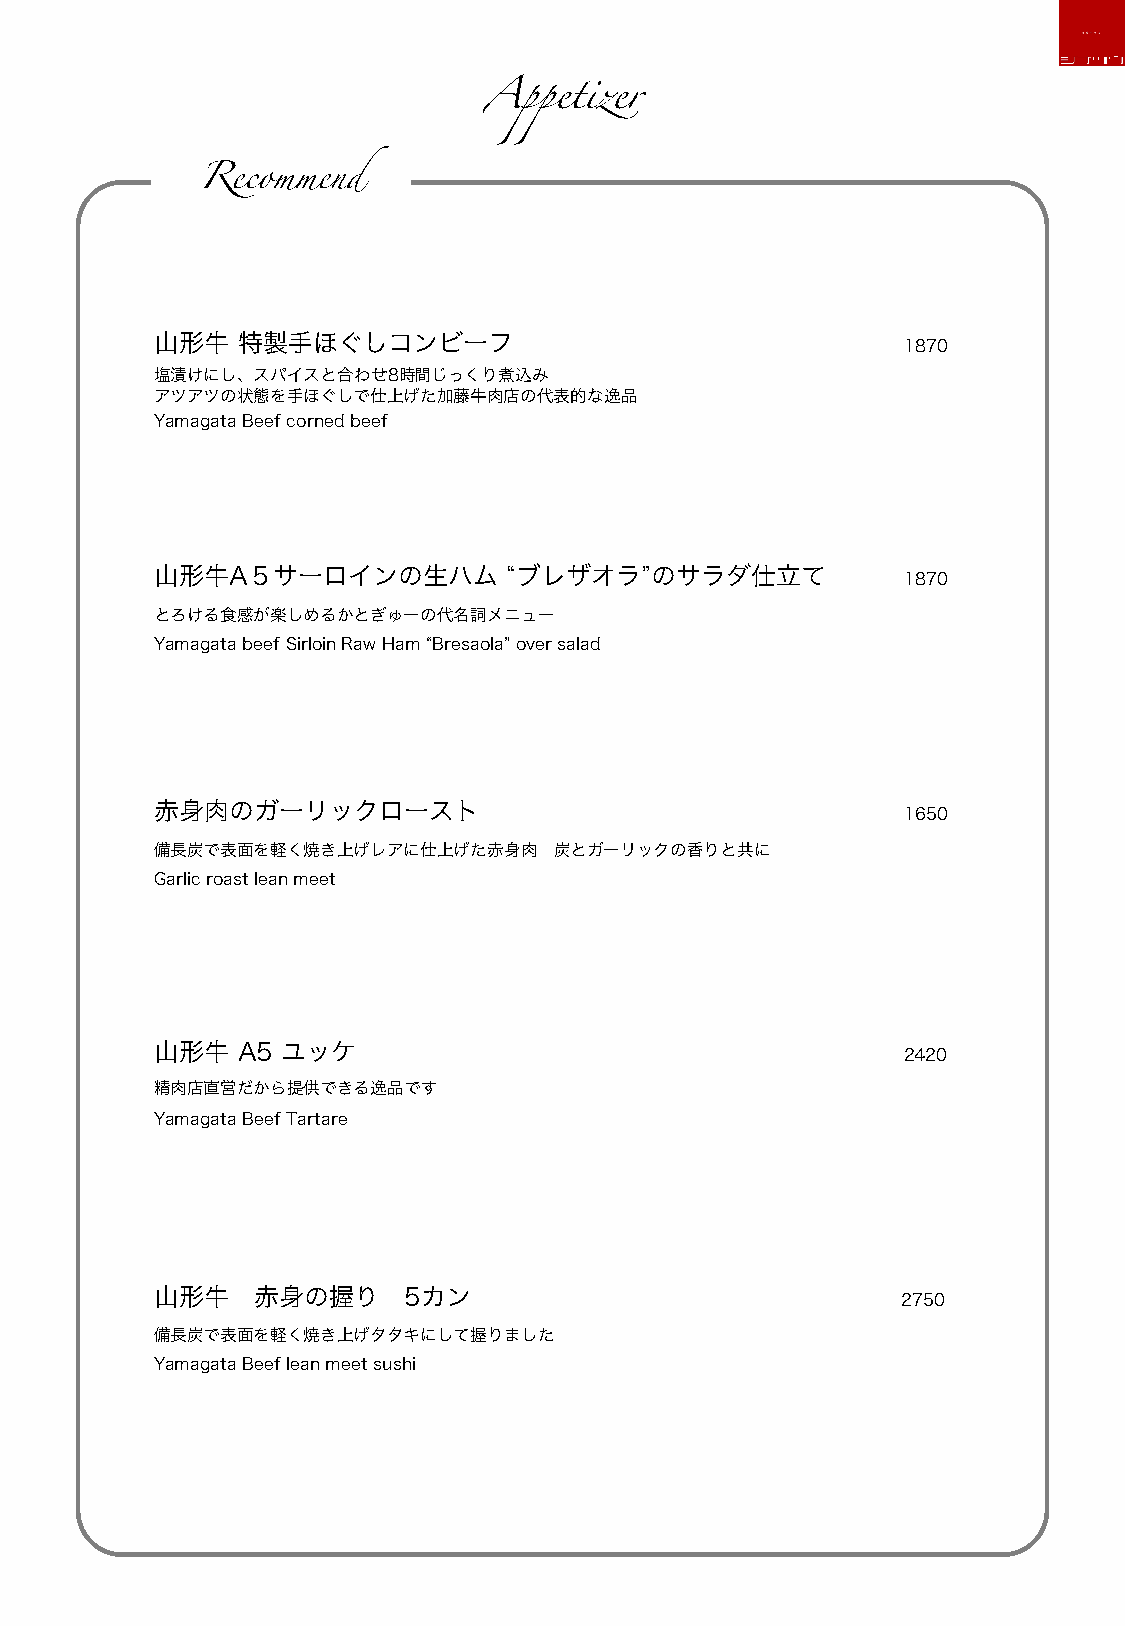
Appetizer
 Recommend
 山形牛   特製手ほぐしコンビーフ                                 1870
 塩漬けにし、スパイスと合わせ8時間じっくり煮込み
 アツアツの状態を手ほぐしで仕上げた加藤牛肉店の代表的な逸品
 Yamagata Beef corned beef
 山形牛A５サーロインの生ハム          “ブレザオラ”のサラダ仕立て            1870
 とろける食感が楽しめるかとぎゅーの代名詞メニュー
 Yamagata beef Sirloin Raw Ham“Bresaola” over salad
 赤身肉のガーリックロースト                                     1650
 備長炭で表面を軽く焼き上げレアに仕上げた赤身肉    炭とガーリックの香りと共に
 Garlic roast lean meet
 山形牛   A5 ユッケ                                      2420
 精肉店直営だから提供できる逸品です
 Yamagata Beef Tartare
 山形牛    赤身の握り     5カン                              2750
 備長炭で表面を軽く焼き上げタタキにして握りました
 Yamagata Beef lean meet sushi